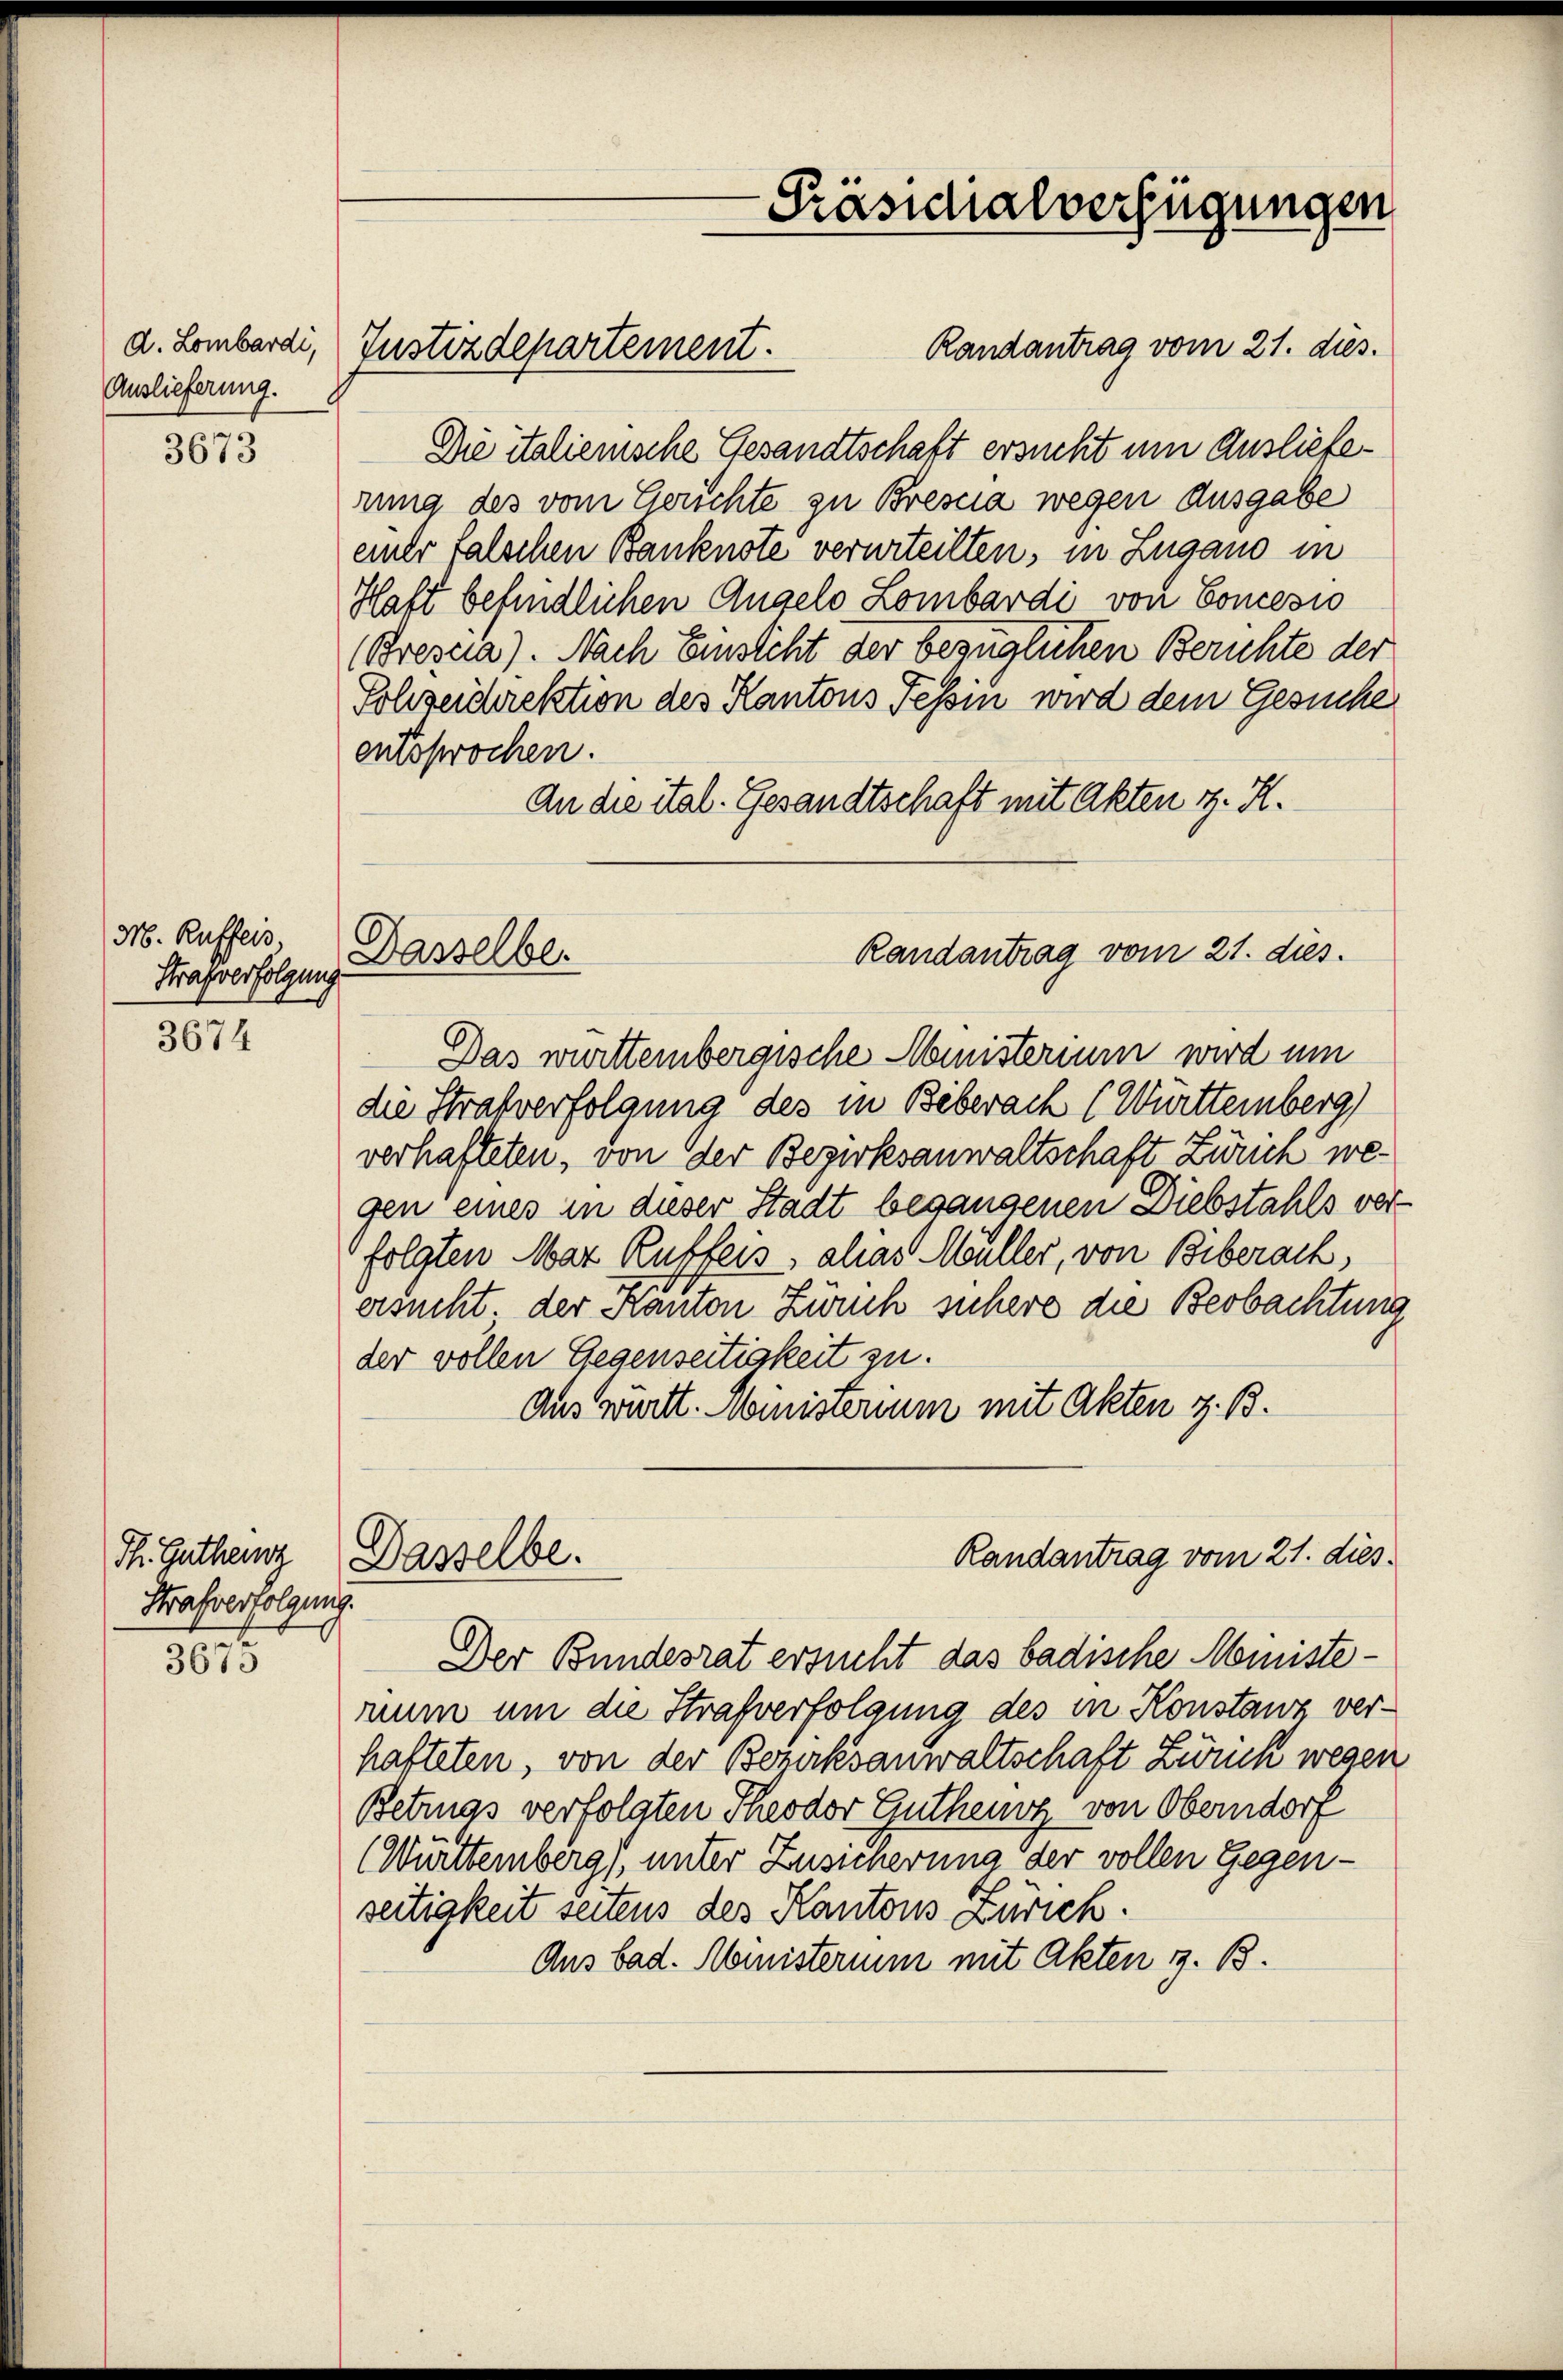
d. Lombardi,
Auslieferung.

3673

M. Ruffeis,
Strafverfolgung

3674

Th. Gutheur
Strafverfolgung.

3675

Randantrag vom 21. dies.
Die italienische Gesandtschaft ersucht um Auslieferung des vom Gerichte zu Brescia wegen Ausgabe
einer falschen Banknote verurteilten, in Zugano in
Haft befindlichen Angelo Lombardi von Concesso
(Brescia). Nach Einsteht der bezüglichen Berichte der
Schzeidirektion des Kantons Tessin wird dem Gesuche
entsprochen.
An die ital. Gesandtschaft mit Akten z. R.

Justizdepartement.

Dasselber

Präsidialverfügungen

Das württembergische Ministerium wird um
die Strafverfolgung des in Biberach (Württemberg
verhafteten, von der Bezirksanwaltschaft Zweck wegen eines in dieser Stadt begangenen Diebstahls verfolgten Mar Ruffeis, alias Müller, von Biberach,
ersucht. der Kanton Zürich suchere die Beobachtung
der vollen Gegenseitigkeit zu.
Aus württ. Ministerium mit Akten z. B.
Randantrag vom 21. dies
Dasselbe.
Der Bundesrat ersucht das badische Ministenum um die Strafverfolgung des in Konstanz verhafteten, von der Bezirksanwaltschaft Zürich wegen
Betrugs verfolgten Theodor Gutheurz von Oberndorf
(Württemberg), unter Zusicherung der vollen Gegenseitigkeit seitens des Kantons Zürich.
Aus bad. Ministerium mit Akten z. B.

Randantrag vom 21. dies